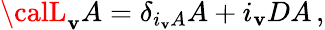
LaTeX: {\calL}_{\mathbf{v}}A=\delta_{i_{\mathbf{v}}A}A+i_{\mathbf{v}}DA\, ,